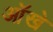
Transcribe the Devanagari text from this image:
आॅखे